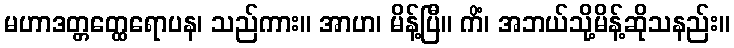
မဟာဒတ္တတ္ထေရောပန၊ သည်ကား။ အာဟ၊ မိန့်ပြီ။ ကိံ၊ အဘယ်သို့မိန့်ဆိုသနည်း။